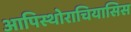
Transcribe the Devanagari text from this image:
आपिस्थोराचियासिस